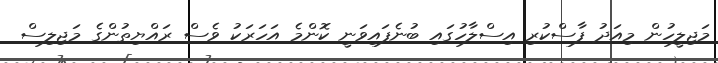
މަޖިލީހުން މިއަދު ފާސްކުރި އިސްލާހުގައި ބުނެފައިވަނީ ކޮންމެ އަހަރަކު ވެސް ރައްޔިތުންގެ މަޖިލިސް